Lunatic asylums Madras 1892-1911 - 1892-1911
Year: 1892
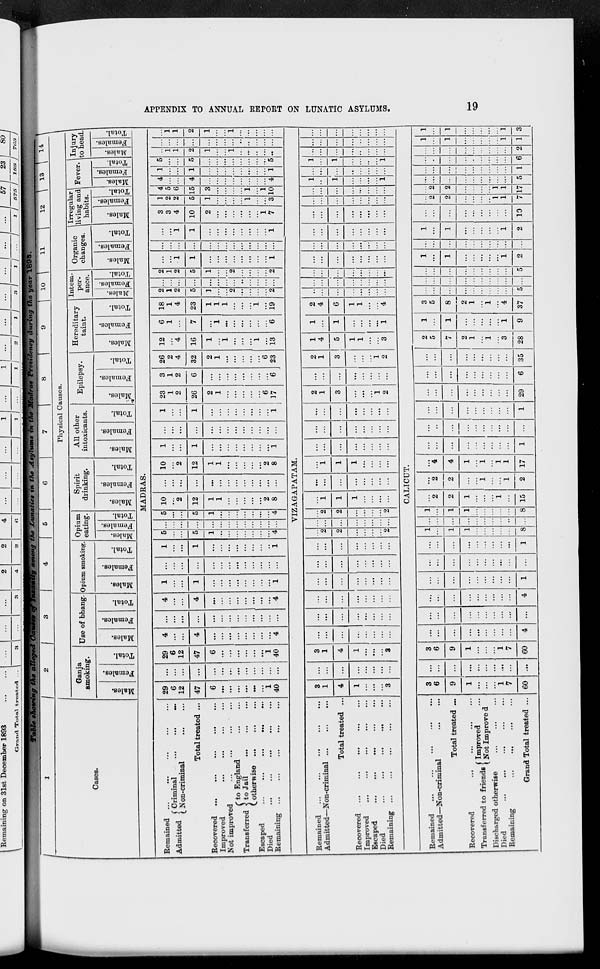
19
APPENDIX TO ANNUAL REPORT ON LUNATIC ASYLUMS.
Table showing the alleged Causes of Insanity among the Lunatics in the Asylums
in the Madras Presidency during the year 1893.
1
Cases.
2
3
4
5
6
7
8
9
10
11
12
13
14
Physical Causes.
Ganja
smoking.
Males.
Females.
Total.
Use of bhang.
Males.
Females.
Total.
Opium smoking.
Males.
Females.
Total.
Opium
eating.
Males.
Females.
Total.
Spirit
drinking.
Males.
Females.
Total.
All other
intoxicants.
Males.
Females.
Total.
Epilepsy.
Males.
Females.
Total.
Hereditary
taint.
Males.
Females.
Total.
Intem-
per-
ance.
Males.
Females.
Total.
Organic
changes.
Males.
Females.
Total.
Irregular
living and
habits.
Males.
Females.
Total.
Fever.
Males.
Females.
Total.
Injury
to head.
Males.
Females.
Total.
MADRAS.
Remained
...
...
...
...
...
Admitted
Criminal ... ... ...
Non-criminal ... ...
Total treated ...
Recovered
...
...
...
...
...
Improved ... ... ... ...
Not improved ... ... ... ...
Transferred
to England ... ...
to jail ... ... ...
other wise ... ... ...
Escaped
...
...
...
...
...
Died ... ... ... ... ...
Remaining ... ... ... ... ...
29
6
12
47
6
...
...
...
...
...
...
1
40
...
...
...
...
...
...
...
...
...
...
...
...
...
29
6
12
47
6
...
...
...
...
...
...
1
40
4
...
...
4
...
...
...
...
...
...
...
...
4
...
...
...
...
...
...
...
...
...
...
...
...
...
4
...
...
4
...
...
...
...
...
...
...
...
4
1
...
...
1
...
...
...
...
...
...
...
...
1
...
...
...
...
...
...
...
...
...
...
...
...
...
1
...
...
1
...
...
...
...
...
...
...
...
1
5
...
...
5
1
...
...
...
...
...
...
...
4
...
...
...
...
...
...
...
...
...
...
...
...
...
5
...
...
5
1
...
...
...
...
...
...
...
4
10
...
2
12
1
1
...
...
...
...
...
2
8
...
...
...
...
...
...
...
...
...
...
...
...
...
10
...
2
12
1
1
...
...
...
...
...
2
8
1
...
...
1
...
...
...
...
...
...
...
...
1
...
...
...
...
...
...
...
...
...
...
...
...
...
1
...
...
1
...
...
...
...
...
...
...
...
1
23
1
2
26
2
1
...
...
...
...
...
6
17
3
1
2
6
...
...
...
...
...
...
...
...
6
26
2
4
32
2
1
...
...
...
...
...
6
23
12
...
4
16
1
...
1
...
...
...
1
...
13
6
1
...
7
...
1
...
...
...
...
...
...
6
18
1
4
23
1
1
1
...
...
...
1
...
19
2
1
2
5
1
...
...
2
...
...
...
...
2
...
...
...
...
...
...
...
...
...
...
...
...
...
2
1
2
5
1
...
...
2
...
...
...
...
2
...
...
1
1
...
...
...
...
...
...
...
...
1
...
...
...
...
...
...
...
...
...
...
...
...
...
...
...
1
1
...
...
...
...
...
...
...
...
1
3
3
4
10
2
...
...
...
...
...
...
1
7
1
2
2
5
1
...
...
...
...
1
...
...
3
4
5
6
15
3
...
...
...
...
1
...
1
10
4
...
...
4
...
...
...
...
...
...
...
...
4
1
...
...
1
...
...
...
...
...
...
...
...
1
5
...
...
5
...
...
...
...
...
...
...
...
5
...
1
1
2
1
...
...
1
...
...
...
...
...
...
...
...
...
...
...
...
...
...
...
...
...
...
...
1
1
2
1
...
...
1
...
...
...
...
...
VIZAGAPATAM.
Remained ... ... ... ... ...
Admitted—Non-criminal
...
...
...
Total treated ...
Recovered ... ... ... ... ...
Improved ... ... ... ... ...
Escaped ... ... ... ... ...
Died
...
...
...
...
...
Remaining
...
...
...
...
...
3
1
4
1
...
...
...
3
...
...
...
...
...
...
...
...
3
1
4
1
...
...
...
3
...
...
...
...
...
...
...
...
...
...
...
...
...
...
...
...
...
...
...
...
...
...
...
...
...
...
...
...
...
...
...
...
...
...
...
...
...
...
...
...
...
...
...
...
...
...
...
...
...
2
2
...
...
...
...
2
...
...
...
...
...
...
...
...
...
2
2
...
...
...
...
2
...
1
1
1
...
...
...
...
...
...
...
...
...
...
...
...
...
1
1
1
...
...
...
...
...
...
...
...
...
...
...
...
...
...
...
...
...
...
...
...
...
...
...
...
...
...
...
...
2
1
3
...
...
...
1
2
...
...
...
...
...
...
...
...
2
1
3
...
...
...
1
2
1
4
5
1
1
...
...
3
1
...
1
...
...
...
...
1
2
4
6
1
1
...
...
4
...
...
...
...
...
...
...
...
...
...
...
...
...
...
...
...
...
...
...
...
...
...
...
...
...
...
...
...
...
...
...
...
...
...
...
...
...
...
...
...
...
...
...
...
...
...
...
...
...
...
...
...
...
...
...
...
...
...
...
...
...
...
...
...
...
...
...
...
...
...
...
...
1
...
1
...
...
...
...
1
...
...
...
...
...
...
...
...
1
...
1
...
...
...
...
1
...
...
...
...
...
...
...
...
...
...
...
...
...
...
...
...
...
...
...
...
...
...
...
...
CALICUT.
Remained
...
...
...
...
...
Admitted—Non-criminal
...
...
Total treated ...
Recovered ... ... ... ...
Transferred to friends
Improved ...
Not Improved ...
Discharged otherwise ... ... ...
Died
...
...
...
...
...
Remaining
...
...
...
...
Grand Total treated ...
3
6
9
1
...
...
...
1
7
60
...
...
...
...
...
...
...
...
...
...
3
6
9
1
...
...
...
1
7
60
...
...
...
...
...
...
...
...
...
4
...
...
...
...
...
...
...
...
...
...
...
...
...
...
...
...
...
...
...
4
...
...
...
...
...
...
...
...
...
1
...
...
...
...
...
...
...
...
...
...
...
...
...
...
...
...
...
...
...
1
1
...
1
1
...
...
...
...
...
8
...
...
...
...
...
...
...
...
...
...
1
...
1
1
...
...
...
...
...
8
...
2
2
1
...
...
...
1
...
15
...
2
2
...
...
1
...
...
1
2
...
4
4
1
...
1
...
1
1
17
...
...
...
...
...
...
...
...
...
1
...
...
...
...
...
...
...
...
...
...
...
...
...
...
...
...
...
...
...
1
...
...
...
...
...
...
...
...
...
29
...
...
...
...
...
...
...
...
...
6
...
...
...
...
...
...
...
...
...
35
2
5
7
2
1
...
1
...
3
28
1
...
1
...
...
...
...
...
1
9
3
5
8
2
1
...
1
...
4
37
...
...
...
...
...
...
...
...
...
5
...
...
...
...
...
...
...
...
...
...
...
...
...
...
...
...
...
...
...
5
1
...
1
...
...
...
...
...
1
2
...
...
...
...
...
...
...
...
...
...
1
...
1
...
...
...
...
...
1
2
...
...
...
...
...
...
...
...
...
10
...
2
2
...
...
...
...
1
1
7
...
2
2
...
...
...
...
1
1
17
...
...
...
...
...
...
...
...
...
5
...
...
...
...
...
...
...
...
...
1
...
...
...
...
...
...
...
...
...
6
...
...
...
...
...
...
...
...
...
2
1
...
1
...
...
...
...
...
1
1
1
...
1
...
...
...
...
...
1
3